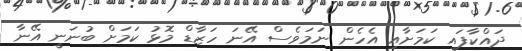
ދައްކާފައި ކަމަށާއި އެހެން ނަމަވެސް އޭނަ ހަޒާޑް މޮޅު ކަމަށް ބުނަނީ އޭނާ